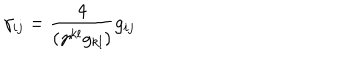
\gamma _ { i j } = \frac { 4 } { ( \gamma ^ { k l } g _ { k l } ) } g _ { i j }